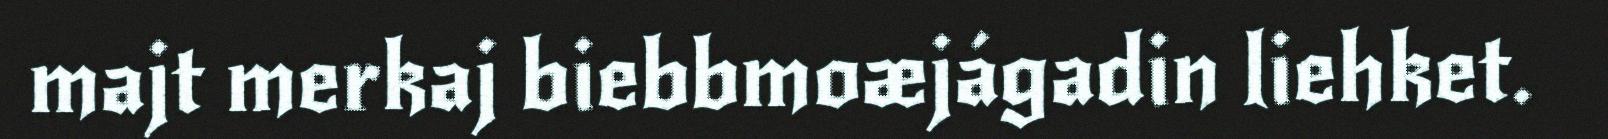
majt merkaj biebbmoæjágadin liehket.